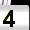
Digit: 4